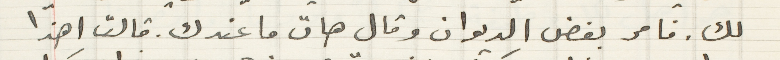
لك. فامر بفض الديوان وقال هات ما عندك. قالت اهذا